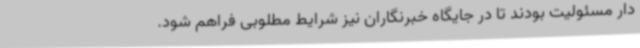
دار مسئولیت بودند تا در جایگاه خبرنگاران نیز شرایط مطلوبی فراهم شود.